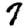
Digit: 7